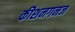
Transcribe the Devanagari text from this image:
कीशनगनज